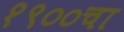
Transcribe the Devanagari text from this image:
१९००चा